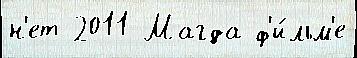
н'ет 2011 Магда ф'и́льм'е